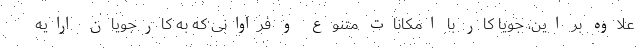
علاوه بر این، جویا کار با امکانات متنوع و فراوانی که به کارجویان ارایه